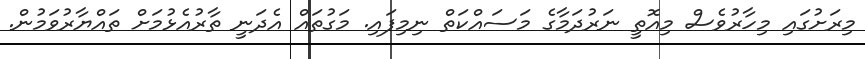
މިރަށުގައި މިހާރުވެސް މިއޮތީ ނަރުދަމާގެ މަސައްކަތް ނިމިފައި. މަގުތައް އެދަނީ ތާރުއެޅުމަށް ތައްޔާރުވަމުން.